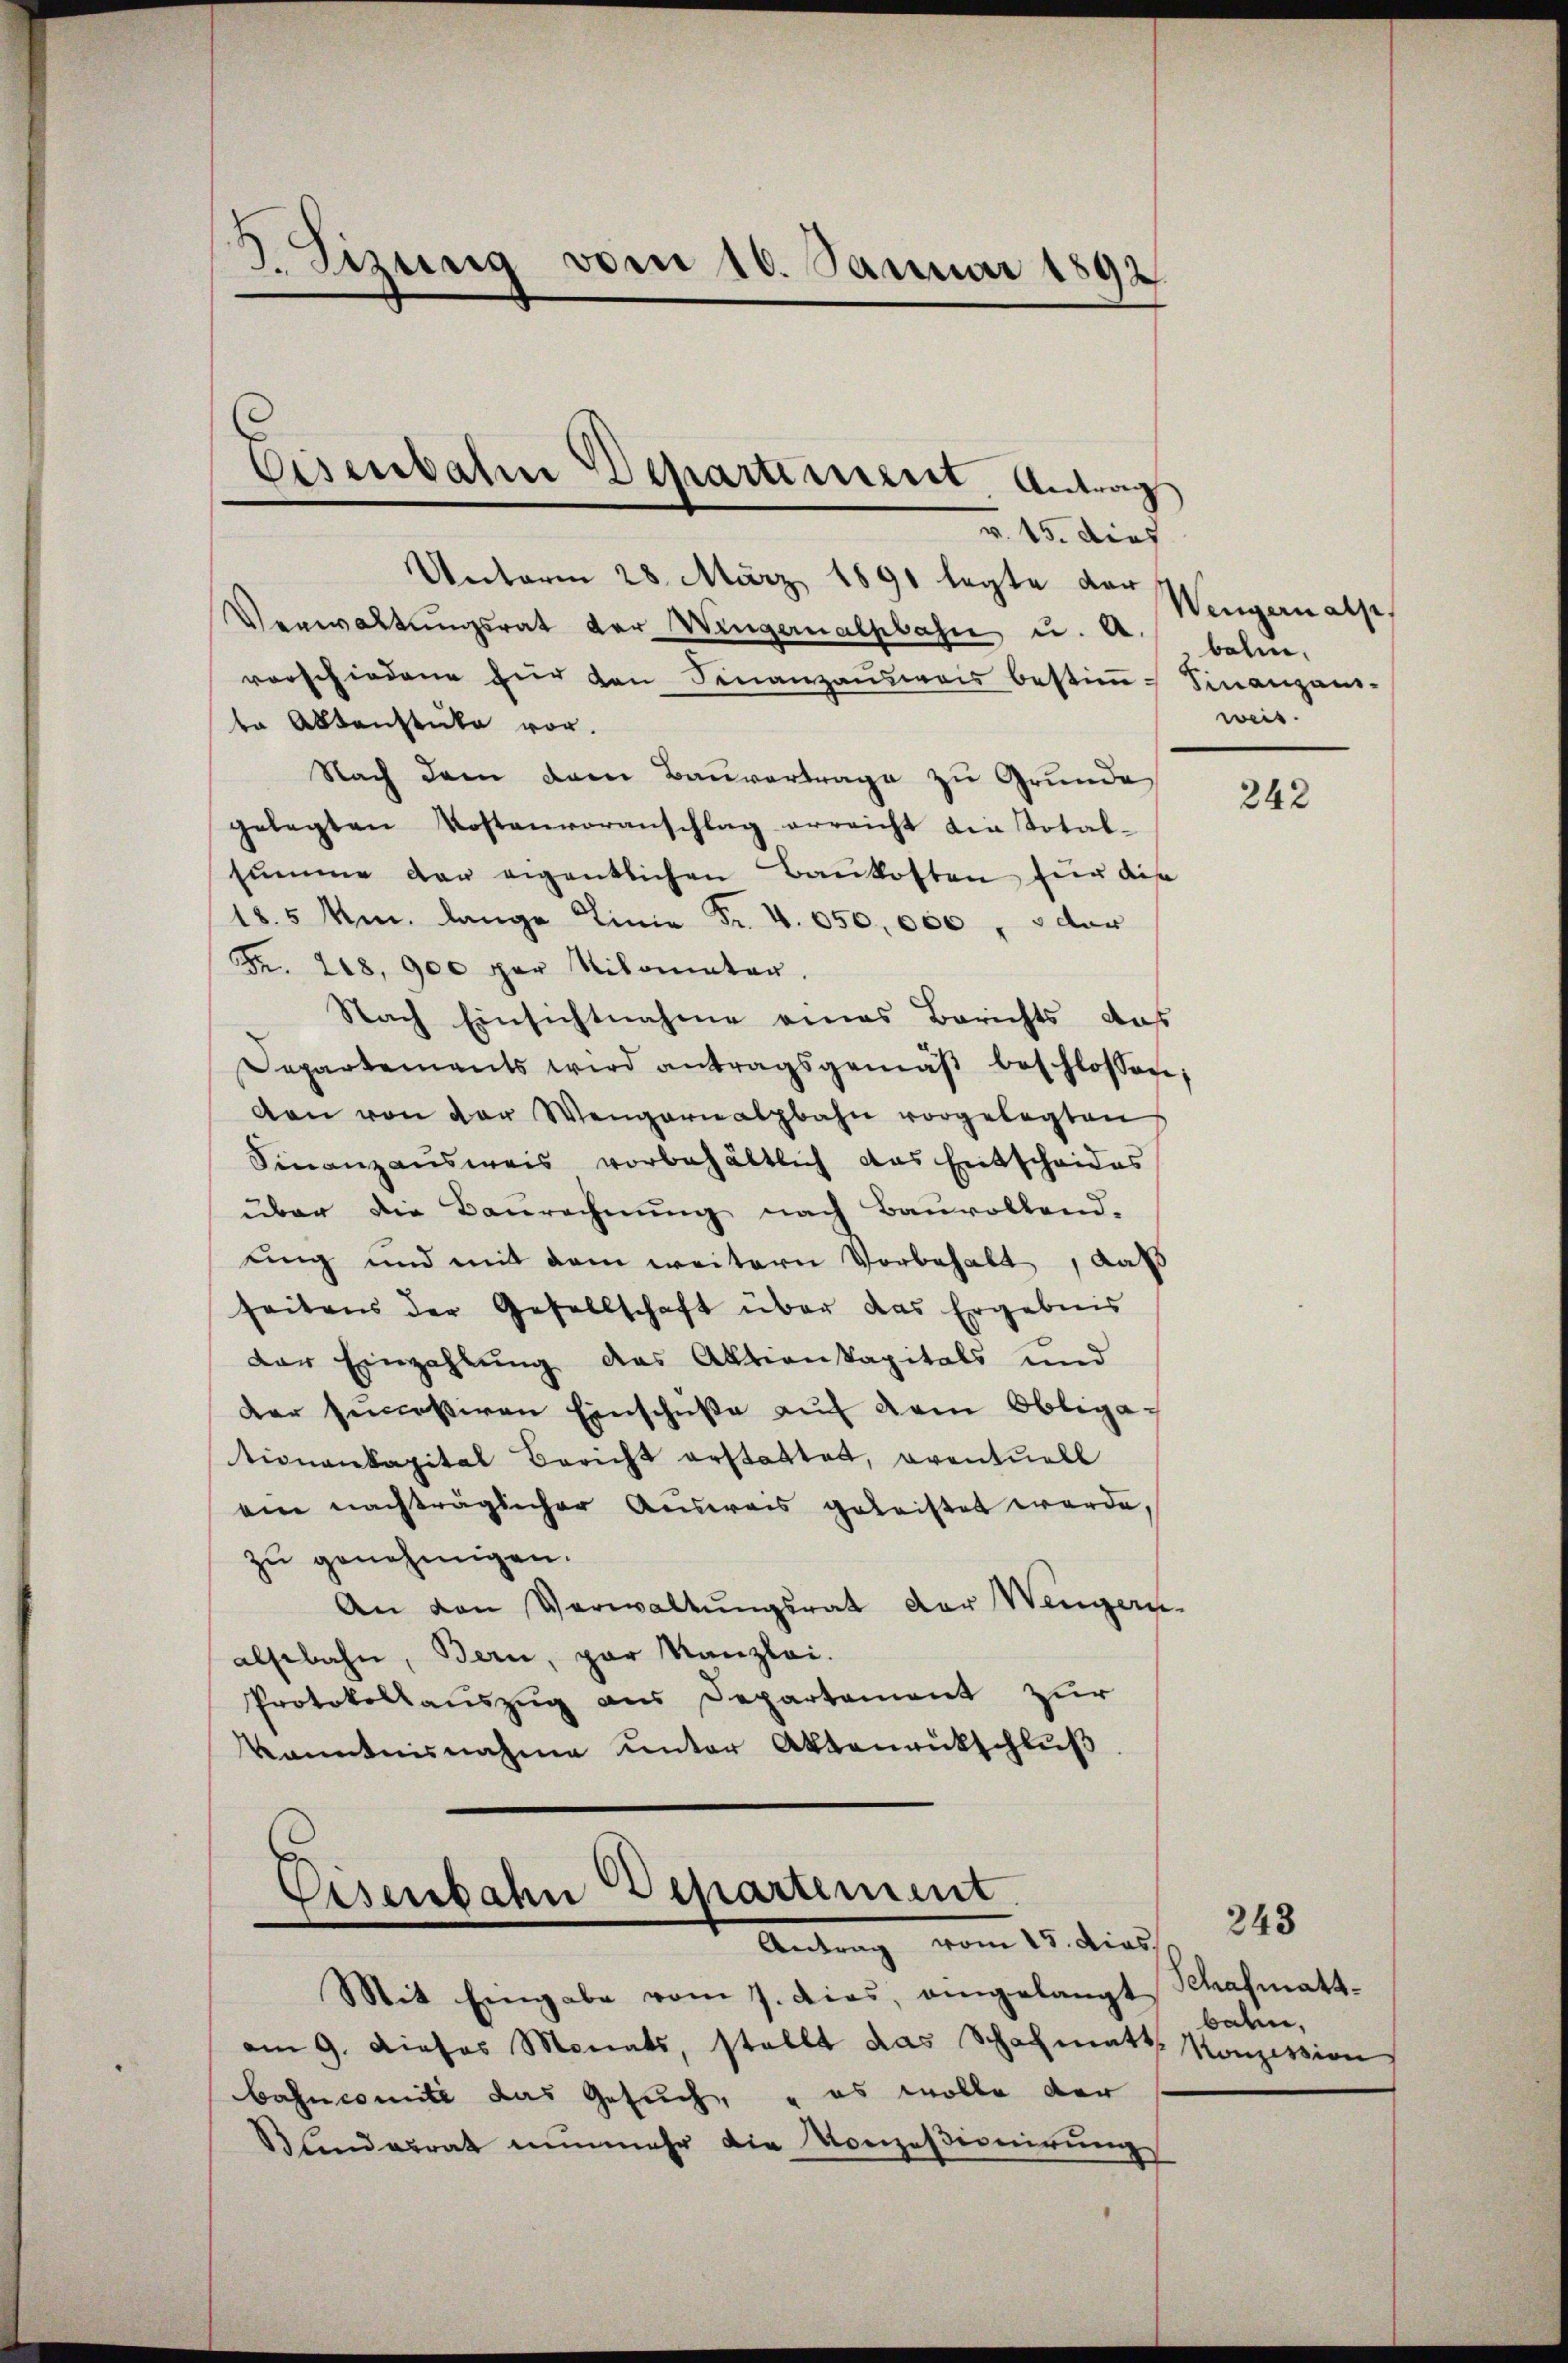
8. Sirung vom 16. Januar 1892.

v. 15. dies
Unterm 28. März 1891 legte der
Verwaltŭngsrat der Wingernalpbahn u. erbahne,
vorschiedene für den Finanzausweis bestimmt Finanzani-
be Aktenstüke vor.
Nach dem dem Bauvertrage zu Grunde
gelegten Kostenvoranschlag erreicht die Totalsumme der eigentlichen Baukosten für dise
18.5 Um. lange Linie Fr. 4. 650,000, oder
Fr. 208. 900 per Nilometer.
Nach Einsichtnahme eines Berichts, daß
Separtements wird antragsgemäβ beschlossen;
den von der Wengarnatpbahn vorgelegten
Finanzausweis vorbehältlich das Entscheides
über die Baurechnung nach Bauvollend.
ung und mit dem weitern Vorbehalt, daß
seitens der Gesellschaft über das Ergebnis
der Einzahlung das Aktienkapitals und
Der semessiven Einschuße auf dem Obliga-
tionenkapital Bericht erstattet, oventuell
ein nachträglicher Ausweis geleistet werde,
zu genehmigen.
An den Verwaltŭngsrat der Weigern.
alsebahn, Bern, par Kanzlei.
Protokollauszug aus Departement zur
kanntnisnahme ŭnter Aktenrütschlŭβ

Eisenbahn Departiment, Antrag

Pesenbahn Departement
Antrag vom 15. dies

Mit Eingabe vom 7. dies, angelangt Schafmatt-
am 9. dieses Monats, stellt das Schafmatt. Konzession
bancomité das Gesuch, - es wolle der
Blindesrat nunmehr die Konzesionirungs

Wengern als
weis.

242

243
baten,